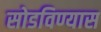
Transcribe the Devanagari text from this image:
सोडविण्यास